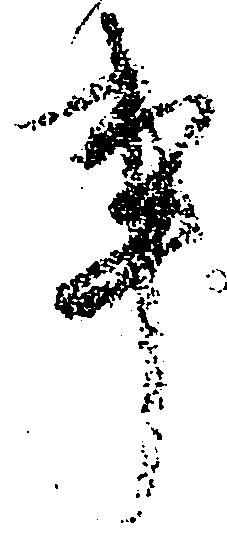
事